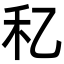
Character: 𥝎